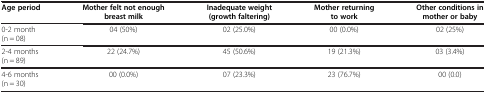
<table><thead><tr><td><b>Age period</b></td><td><b>Mother felt not enough breast milk</b></td><td><b>Inadequate weight (growth faltering)</b></td><td><b>Mother returning to work</b></td><td><b>Other conditions in mother or baby</b></td></tr></thead><tbody><tr><td>0-2 month (n = 08)</td><td>04 (50%)</td><td>02 (25.0%)</td><td>00 (0.0%)</td><td>02 (25%)</td></tr><tr><td>2-4 months (n = 89)</td><td>22 (24.7%)</td><td>45 (50.6%)</td><td>19 (21.3%)</td><td>03 (3.4%)</td></tr><tr><td>4-6 months (n = 30)</td><td>00 (0.0%)</td><td>07 (23.3%)</td><td>23 (76.7%)</td><td>00 (0.0)</td></tr></tbody></table>